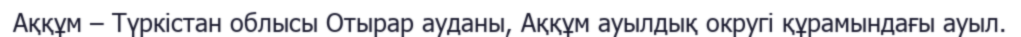
Аққұм – Түркістан облысы Отырар ауданы, Аққұм ауылдық округі құрамындағы ауыл.